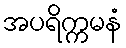
အပရိက္ကမနံ